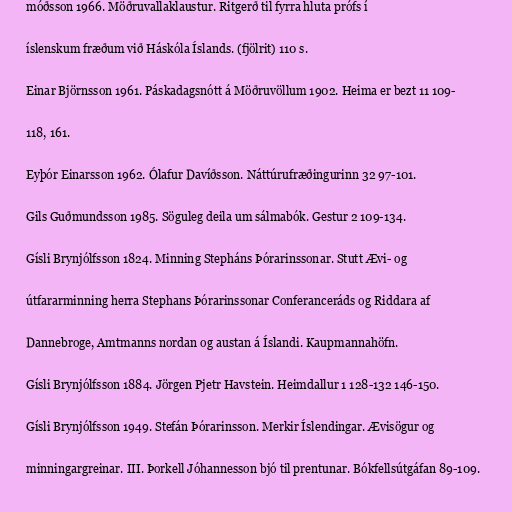
móðsson 1966. Möðruvallaklaustur. Ritgerð til fyrra hluta prófs í

íslenskum fræðum við Háskóla Íslands. (fjölrit) 110 s.

Einar Björnsson 1961. Páskadagsnótt á Möðruvöllum 1902. Heima er bezt 11 109-

118, 161.

Eyþór Einarsson 1962. Ólafur Davíðsson. Náttúrufræðingurinn 32 97-101.

Gils Guðmundsson 1985. Söguleg deila um sálmabók. Gestur 2 109-134.

Gísli Brynjólfsson 1824. Minning Stepháns Þórarinssonar. Stutt Ævi- og

útfararminning herra Stephans Þórarinssonar Conferanceráds og Riddara af

Dannebroge, Amtmanns nordan og austan á Íslandi. Kaupmannahöfn.

Gísli Brynjólfsson 1884. Jörgen Pjetr Havstein. Heimdallur 1 128-132 146-150.

Gísli Brynjólfsson 1949. Stefán Þórarinsson. Merkir Íslendingar. Ævisögur og

minningargreinar. III. Þorkell Jóhannesson bjó til prentunar. Bókfellsútgáfan 89-109.